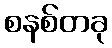
စနစ်တခု